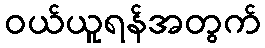
ဝယ်ယူရန်အတွက်